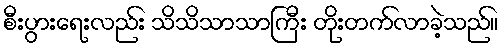
စီးပွားရေးလည်း သိသိသာသာကြီး တိုးတက်လာခဲ့သည်။